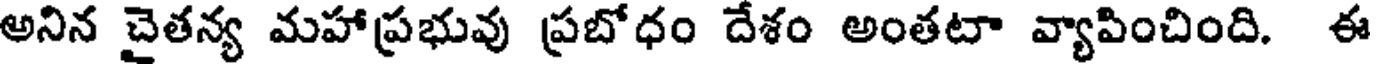
అనిన చైతన్య మహాప్రభువు ప్రబోధం దేశం అంతటా వ్యాపించింది. ఈ